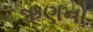
ઋણનો